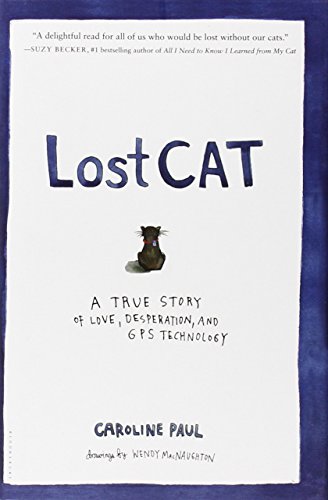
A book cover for Lost Cat: A True Story of Love, Desperation, and GPS Technology; Caroline Paul; Crafts, Hobbies & Home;